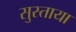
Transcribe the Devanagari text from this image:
सुस्ताया